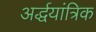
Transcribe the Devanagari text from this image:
अर्द्धयांत्रिक